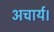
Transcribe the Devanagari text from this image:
अचार्य।